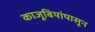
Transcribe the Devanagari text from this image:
काजूबियांपासून